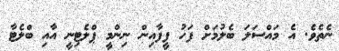
ނެތެވެ. އެ މައްސަލަ ބެލުމަށް ފަހު ފީފާއިން ނިންމީ ޕްލެޓިނީ އާއި ބްލެޓާ